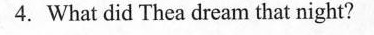
4.What did Thea dream that night?